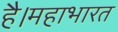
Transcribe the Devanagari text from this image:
है।महाभारत